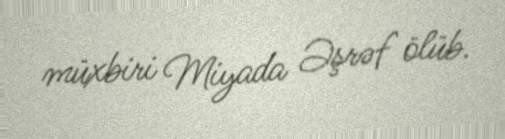
müxbiri Miyada Əşrəf ölüb.